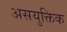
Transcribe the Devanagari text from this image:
असयुक्तिक